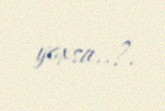
yoxsa..?.